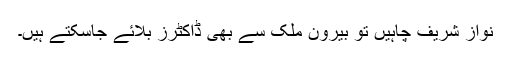
نواز شریف چاہیں تو بیرون ملک سے بھی ڈاکٹرز بلائے جاسکتے ہیں۔